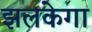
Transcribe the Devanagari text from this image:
झलकेगा